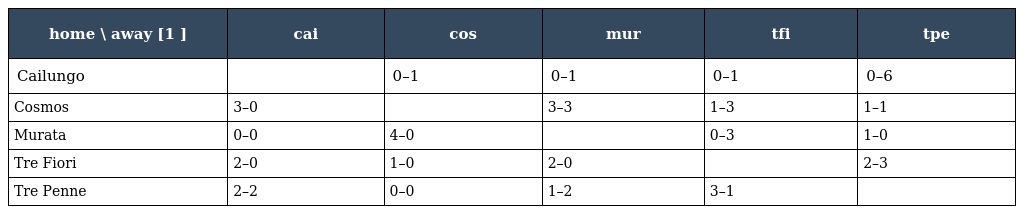
| home \ away [1 ] | cai | cos | mur | tfi | tpe |
 | --- | --- | --- | --- | --- | --- |
 | Cailungo |  | 0–1 | 0–1 | 0–1 | 0–6 |
 | Cosmos | 3–0 |  | 3–3 | 1–3 | 1–1 |
 | Murata | 0–0 | 4–0 |  | 0–3 | 1–0 |
 | Tre Fiori | 2–0 | 1–0 | 2–0 |  | 2–3 |
 | Tre Penne | 2–2 | 0–0 | 1–2 | 3–1 |  |